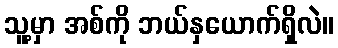
သူ့မှာ အစ်ကို ဘယ်နှယောက်ရှိလဲ။